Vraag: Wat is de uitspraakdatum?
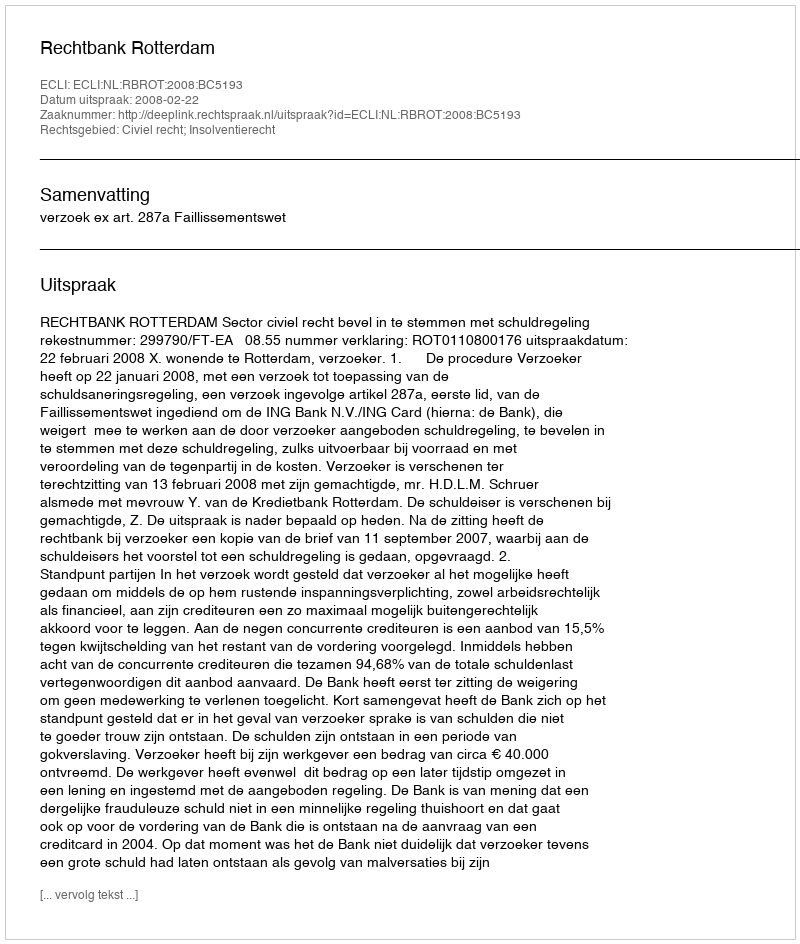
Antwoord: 2008-02-22